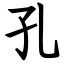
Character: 孔